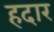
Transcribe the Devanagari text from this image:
हदार